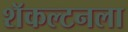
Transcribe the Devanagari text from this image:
शॅकल्टनला